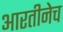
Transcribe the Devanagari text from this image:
आरतीनेच